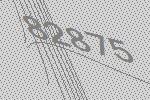
82875